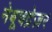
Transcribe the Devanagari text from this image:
नेबूचद्रेज़र